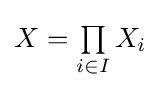
X={\textstyle \prod \limits _{i\in I}X_{i}}